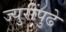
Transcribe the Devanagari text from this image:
ज्युरींपुढे